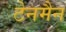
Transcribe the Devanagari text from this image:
टेनमैन